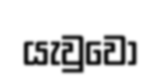
යැවුවෝ